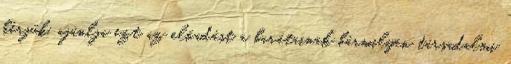
kérjük, ajánlja ezt az előadást a barátainak bármilyen társadalmi